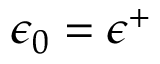
\epsilon _ { 0 } = \epsilon ^ { + }